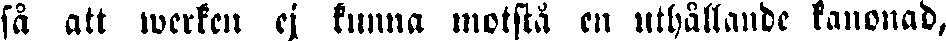
så att werken ej kunna motstå en uthållande kanonad,